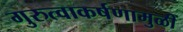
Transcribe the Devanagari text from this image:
गुरुत्वाकर्षणामुळीं